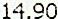
14.90